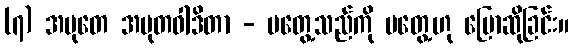
(၇) အမုတေ အမုတဝါဒိတာ - မတွေ့သည်ကို မတွေ့ဟု ပြောဆိုခြင်း။